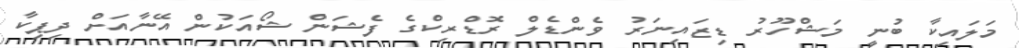
މަލައިކާ ބުނީ މަޝްހޫރު ޑިޒައިނަރު ވެންޑެލް ރޮޑްރިކްގެ ފެޝަން ޝޯއަކުން އޭނާއަށް ދިޕިކާ